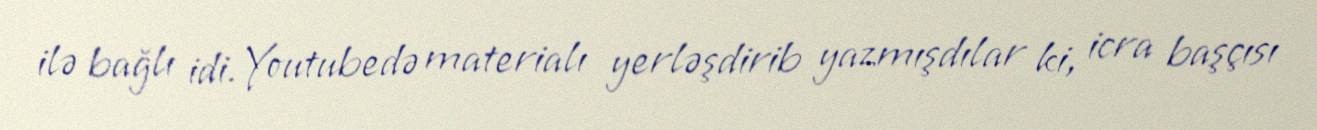
ilə bağlı idi. Youtubedə materialı yerləşdirib yazmışdılar ki, icra başçısı